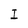
Character: I